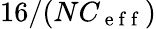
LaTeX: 16/(NC_{\mathrm{~e~f~f~}})